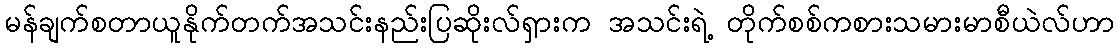
မန်ချက်စတာယူနိုက်တက်အသင်းနည်းပြဆိုးလ်ရှားက အသင်းရဲ့ တိုက်စစ်ကစားသမားမာစီယဲလ်ဟာ